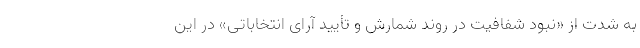
به‌ شدت از «نبود شفافیت در روند شمارش و تأیید آرای انتخاباتی» در این